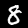
Label: 8